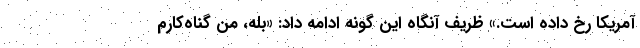
آمریکا رخ داده است.» ظریف آنگاه این گونه ادامه داد: «بله، من گناه‌کارم